Papers set at the Examination for Leaving Certificates, 1890
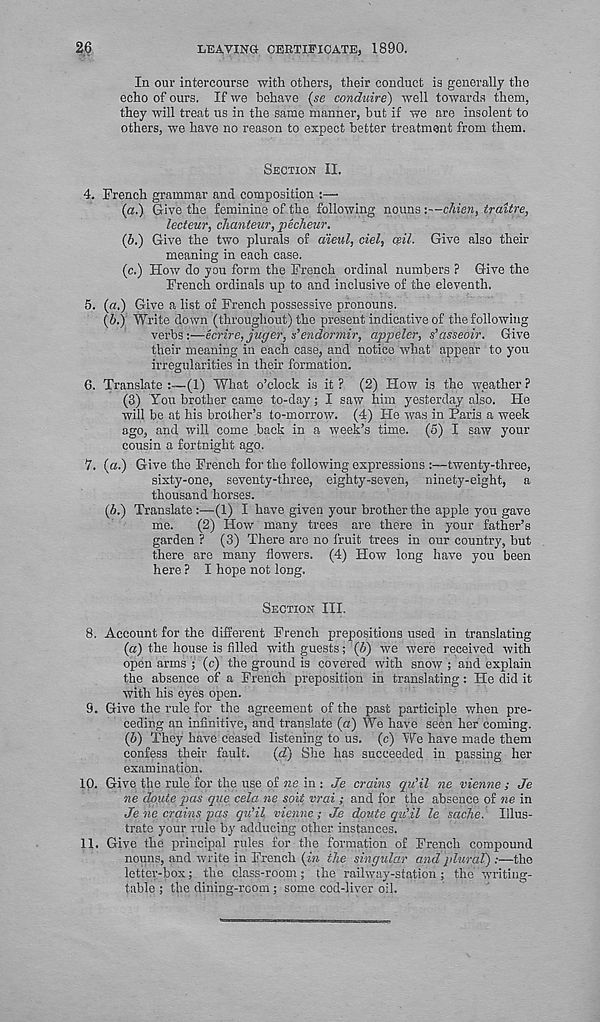
LEAVING CERTIFICATE, 1890.
2,6
In our intercourse with others, their conduct is generally the
echo of ours. If we behave (se conduire) well towards them,
they will treat us in the same manner, but if we are insolent to
others, we have no reason to expect better treatment from them.
SECTION II.
4. French grammar and composition :—
(a.) Give the feminine of the following nouns :—chien, traitre,
lecteur, chanteur, pecheur.
(b.) Give the two plurals of dieul, del, ceil. Give also their
meaning in each case.
(c.) How do you form the French ordinal numbers ? Give the
French ordinals up to and inclusive of the eleventh.
5. {a.) Give a list of French possessive pronouns.
(6.) Write down (throughout) the present indicative of the following
verbs:—ecrire, jucjcr, sendormir, appeler, s’asseoir. Give
their meaning in each case, and notice what appear to you
irregularities in their formation.
6. Translate :—(1) What o’clock is it ? (2) How is the weather ?
(3) You brother came to-day; I saw him yesterday also. He
will be at his brother’s to-morrow, (4) He was in Paris a week
ago, and will come back in a week’s time. (5) I saw your
cousin a fortnight ago.
7. (es.) Give the French for the following expressions :—twenty-three,
sixty-one, seventy-three, eighty-seven, ninety-eight, a
thousand horses.
(b.) Translate :—(1) I have given your brother the apple you gave
me.
(2) How many trees are there in your father’s
garden ? (3) There are no fruit trees in our country, but
there are many flowers. (4) How long have you been
here ? I hope not long.
SECTION III.
8. Account for the different French prepositions used in translating
(a) the house is filled with guests; (6) we were received with
open arms ; (c) the ground is covered with snow ; and explain
the absence of a French preposition in translating: He did it
with his eyes open.
9. Give the rule for the agreement of the past participle when pre-
ceding an infinitive, and translate (a) We have seen her coming.
(b) They have ceased listening to us. (c) We have made them
confess their fault.
(d) She has succeeded in passing her
examination.
10. Give the rule for the use of ne in : Je crains qii'il ne vienne ; Je
ne dqute pas que cela ne soit vrai; and for the absence of ne in
Je ne crains pas qu’il vienne; Je dpute qu’il le sache. Illus-
trate your rule by adducing other instances.
11. Give the principal rules for the formation of French compound
nouns, and write in French (in the singular and plural) :—the
lettey-box; the class-room; the railway-station ; the writing-
table ; the dining-room ; some cod-liver oil.